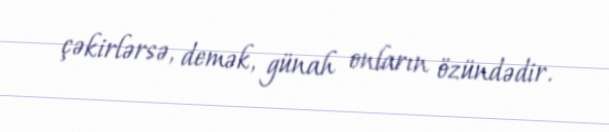
çəkirlərsə, demək, günah onların özündədir.